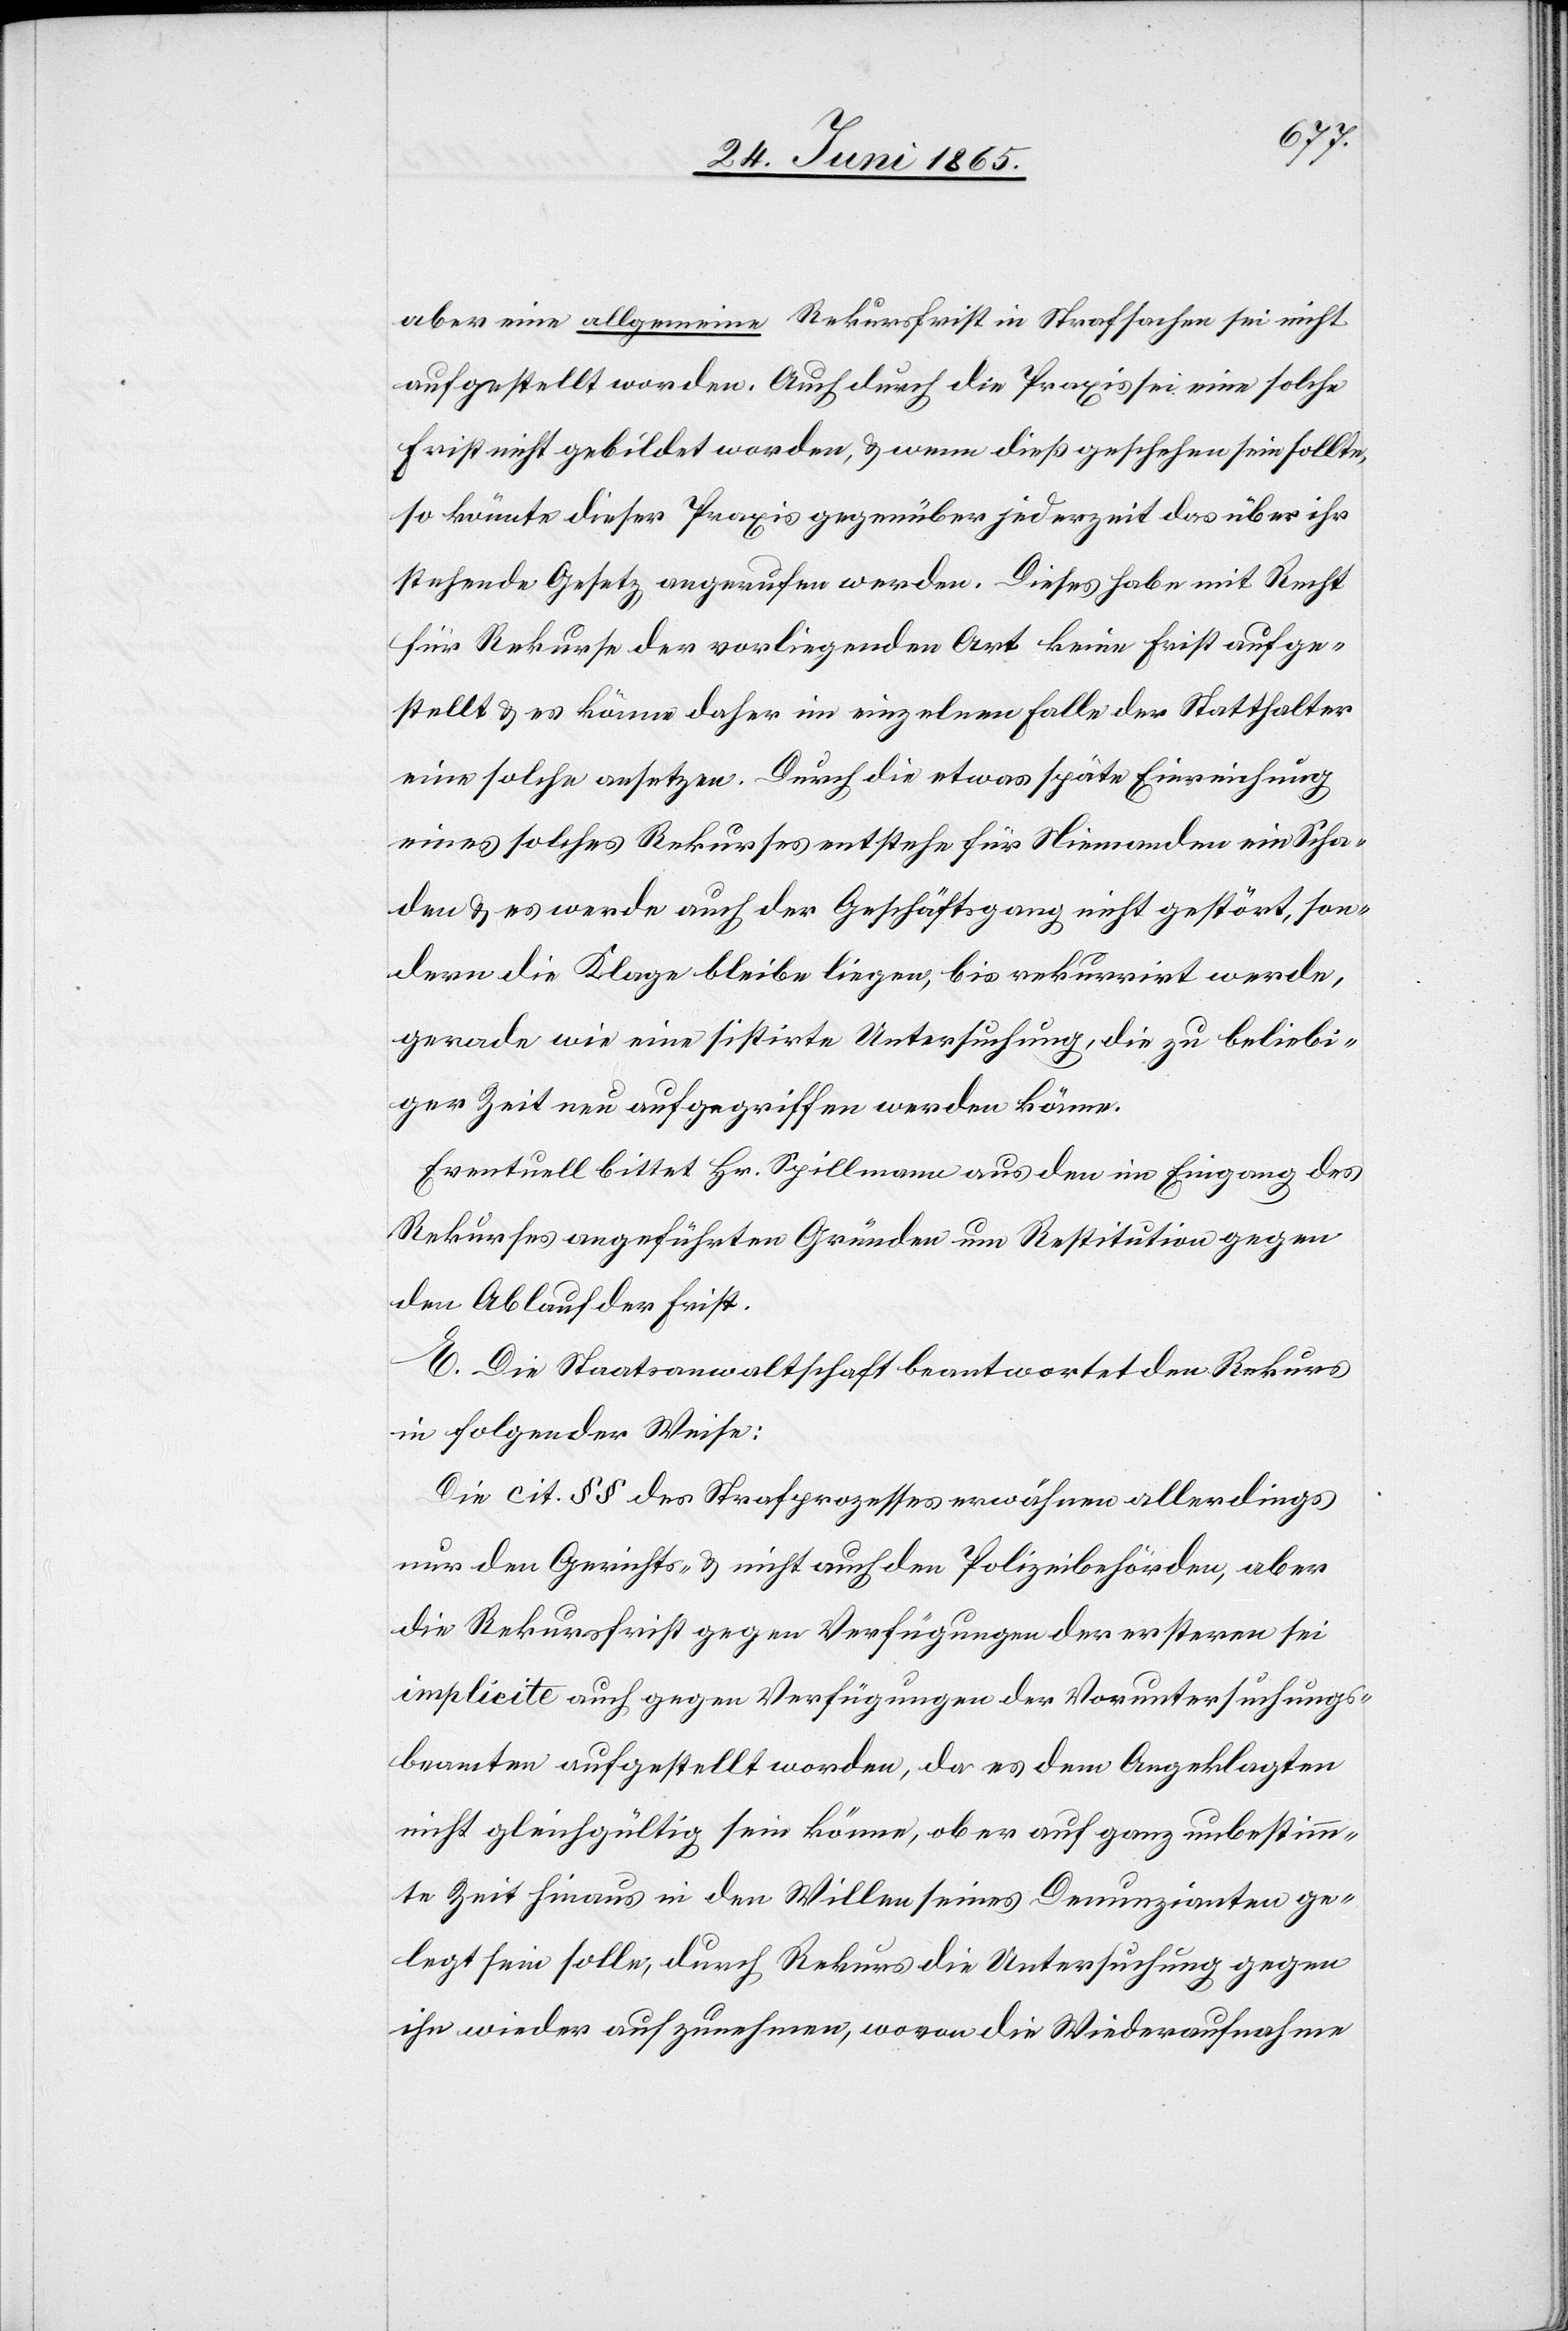
aber eine allgemeine Rekursfrist in Strafsachen sei nicht
aufgestellt worden. Auch durch die Praxis sei eine solche
Frist nicht gebildet worden, & wenn dieß geschehen sein sollte,
so könnte dieser Praxis gegenüber jederzeit das über ihr
stehende Gesetz angerufen werden. Dieses habe mit Recht
für Rekurse der vorliegenden Art keine Frist aufge¬
stellt & es könne daher im einzelnen Falle der Statthalter
eine solche ansetzen. Durch die etwas späte Einreichung
eines solches [sic!] Rekurses entstehe für Niemanden ein Scha¬
den & es werde auch der Geschäftsgang nicht gestört, son¬
dern die Klage bleibe liegen, bis rekurrirt werde,
gerade wie eine sistirte Untersuchung, die zu beliebi¬
ger Zeit neu aufgegriffen werden könne.
Eventuell bittet Hr. Spillmann aus den im Eingang des
Rekurses angeführten Gründen um Restitution gegen
den Ablauf der Frist.
E. Die Staatsanwaltschaft beantwortet den Rekurs
in folgender Weise:
Die cit. § § des Strafprozesses erwähnen allerdings
nur den Gerichts- & nicht auch den Polizeibehörden, aber
die Rekursfrist gegen Verfügungen der ersteren sei
implicite auch gegen Verfügungen der Voruntersuchungs¬
beamten aufgestellt worden, da es dem Angeklagten
nicht gleichgültig sein könne, ob er auf ganz unbestimm¬
te Zeit hinaus in den Willen seines Denunzianten ge¬
legt sein solle, durch Rekurs die Untersuchung gegen
ihn wieder aufzunehmen, wovon die Wiederaufnahme